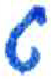
אות: ט